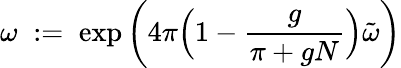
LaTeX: \omega\; :=\; \exp\left(4\pi\Big(1-\frac{g}{\pi+gN}\Big)\tilde{\omega}\right)